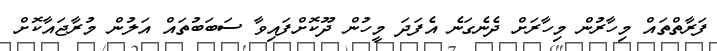
ފަރާތްތައް މިހާރުން މިހާރަށް ދެނެގަނެ އެފަދަ މީހުން ދޫކޮށްފައިވާ ސަބަބުތައް އަލުން މުރާޖައާކޮށް